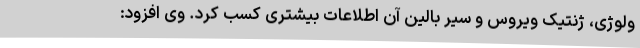
ولوژی، ژنتیک ویروس و سیر بالین آن اطلاعات بیشتری کسب کرد. وی افزود: